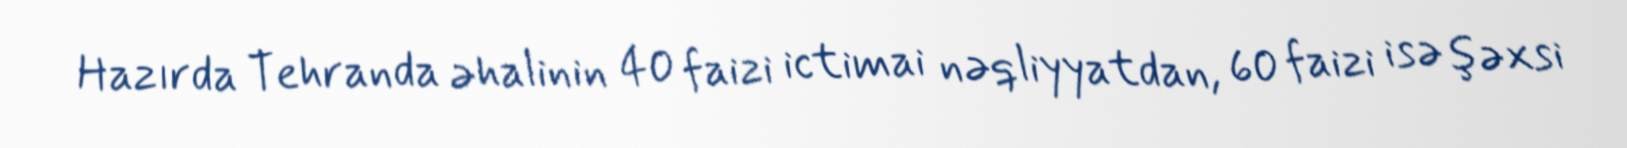
Hazırda Tehranda əhalinin 40 faizi ictimai nəqliyyatdan, 60 faizi isə şəxsi